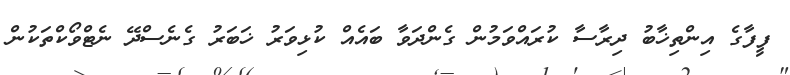
ފީފާގެ އިންތިޚާބު ދިރާސާ ކުރައްވަމުން ގެންދަވާ ބައެއް ކުޅިވަރު ޚަބަރު ގެނެސްދޭ ނެޓްވޯކްތަކުން